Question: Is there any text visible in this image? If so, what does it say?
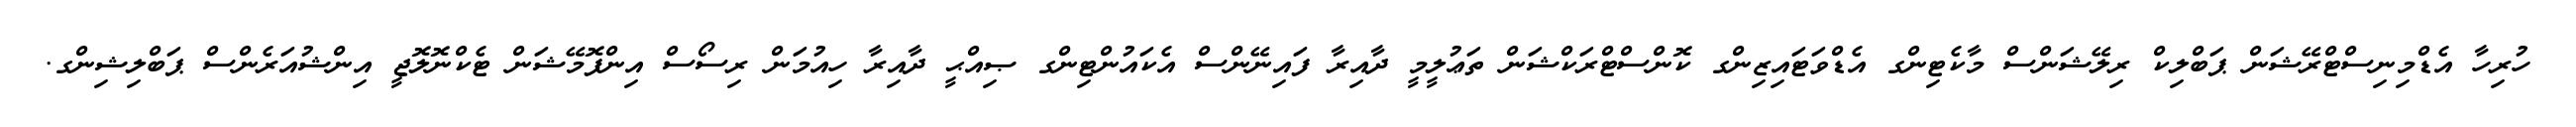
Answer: ހުރިހާ އެޑްމިނިސްޓްރޭޝަން ޕަބްލިކް ރިލޭޝަންސް މާކެޓިންގ އެޑްވަޓައިޒިންގ ކޮންސްޓްރަކްޝަން ތަޢުލީމީ ދާއިރާ ފައިނޭންސް އެކައުންޓިންގ ޞިއްޙީ ދާއިރާ ހިއުމަން ރިސޯސް އިންފޮމޭޝަން ޓެކްނޮލޮޖީ އިންޝުއަރެންސް ޕަބްލިޝިންގ.